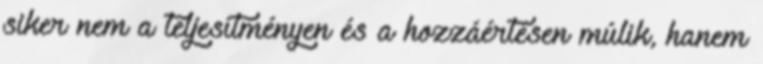
siker nem a teljesítményen és a hozzáértésen múlik, hanem